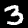
Digit: 3